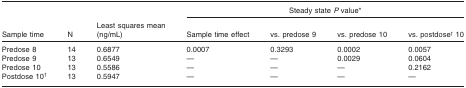
<table><thead><tr><td></td><td></td><td colspan="5"><b>Steady state <i>P</i>value*</b></td></tr><tr><td><b>Sample time</b></td><td><b>N</b></td><td><b>Least squares mean (ng/mL)</b></td><td><b>Sample time effect</b></td><td><b>vs. predose 9</b></td><td><b>vs. predose 10</b></td><td><b>vs. postdose† 10</b></td></tr></thead><tbody><tr><td>Predose 8</td><td>14</td><td>0.6877</td><td>0.0007</td><td>0.3293</td><td>0.0002</td><td>0.0057</td></tr><tr><td>Predose 9</td><td>13</td><td>0.6549</td><td>—</td><td>—</td><td>0.0029</td><td>0.0604</td></tr><tr><td>Predose 10</td><td>13</td><td>0.5586</td><td>—</td><td>—</td><td>—</td><td>0.2162</td></tr><tr><td>Postdose 10†</td><td>13</td><td>0.5947</td><td>—</td><td>—</td><td>—</td><td>—</td></tr></tbody></table>